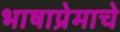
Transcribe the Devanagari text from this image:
भाषाप्रेमाचे